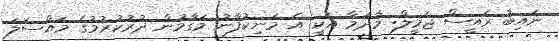
ނައިބު ރައީސް ޖަމީލް: މާދަމާ އަކީ އެ މަނިކުފާނު މަގާމުން ދުރުކުރުމުގެ މައްސަލަ